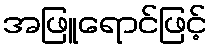
အဖြူရောင်ဖြင့်